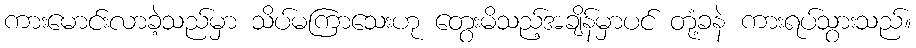
ကားမောင်းလာခဲ့သည်မှာ သိပ်မကြာသေးဟု တွေးမိသည့်အချိန်မှာပင် တုံ့ခနဲ ကားရပ်သွားသည်။